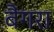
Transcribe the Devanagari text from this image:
बैंगरा